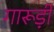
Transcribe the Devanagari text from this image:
गारूड़ी